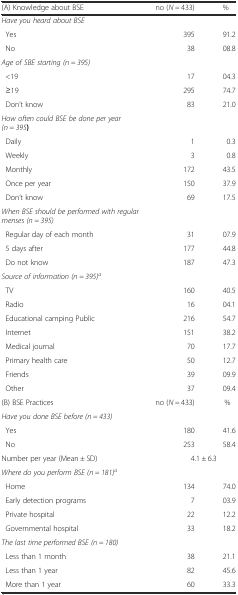
<table><thead><tr><td><b>(A) Knowledge about BSE</b></td><td><b>no (<i>N =</i> 433)</b></td><td><b>%</b></td></tr></thead><tbody><tr><td><i>Have you heard about BSE</i></td><td></td><td></td></tr><tr><td> Yes</td><td>395</td><td>91.2</td></tr><tr><td> No</td><td>38</td><td>08.8</td></tr><tr><td><i>Age of SBE starting (n = 395)</i></td><td></td><td></td></tr><tr><td> &lt;19</td><td>17</td><td>04.3</td></tr><tr><td> ≥19</td><td>295</td><td>74.7</td></tr><tr><td> Don’t know</td><td>83</td><td>21.0</td></tr><tr><td><i>How often could BSE be done per year (n = 395</i><b>)</b></td><td></td><td></td></tr><tr><td> Daily</td><td>1</td><td>0.3</td></tr><tr><td> Weekly</td><td>3</td><td>0.8</td></tr><tr><td> Monthly</td><td>172</td><td>43.5</td></tr><tr><td> Once per year</td><td>150</td><td>37.9</td></tr><tr><td> Don’t know</td><td>69</td><td>17.5</td></tr><tr><td><i>When BSE should be performed with regular menses (n = 395)</i></td><td></td><td></td></tr><tr><td> Regular day of each month</td><td>31</td><td>07.9</td></tr><tr><td> 5 days after</td><td>177</td><td>44.8</td></tr><tr><td> Do not know</td><td>187</td><td>47.3</td></tr><tr><td><i>Source of information (n = 395)</i><sup><i>a</i></sup></td><td></td><td></td></tr><tr><td> TV</td><td>160</td><td>40.5</td></tr><tr><td> Radio</td><td>16</td><td>04.1</td></tr><tr><td> Educational camping Public</td><td>216</td><td>54.7</td></tr><tr><td> Internet</td><td>151</td><td>38.2</td></tr><tr><td> Medical journal</td><td>70</td><td>17.7</td></tr><tr><td> Primary health care</td><td>50</td><td>12.7</td></tr><tr><td> Friends</td><td>39</td><td>09.9</td></tr><tr><td> Other</td><td>37</td><td>09.4</td></tr><tr><td>(B) BSE Practices</td><td>no (<i>N =</i> 433)</td><td>%</td></tr><tr><td><i>Have you done BSE before (n = 433)</i></td><td></td><td></td></tr><tr><td> Yes</td><td>180</td><td>41.6</td></tr><tr><td> No</td><td>253</td><td>58.4</td></tr><tr><td>Number per year (Mean ± SD)</td><td>4.1 ± 6.3</td><td></td></tr><tr><td><i>Where do you perform BSE (n = 181)</i><sup><i>a</i></sup></td><td></td><td></td></tr><tr><td> Home</td><td>134</td><td>74.0</td></tr><tr><td> Early detection programs</td><td>7</td><td>03.9</td></tr><tr><td> Private hospital</td><td>22</td><td>12.2</td></tr><tr><td> Governmental hospital</td><td>33</td><td>18.2</td></tr><tr><td><i>The last time performed BSE (n = 180)</i></td><td></td><td></td></tr><tr><td> Less than 1 month</td><td>38</td><td>21.1</td></tr><tr><td> Less than 1 year</td><td>82</td><td>45.6</td></tr><tr><td> More than 1 year</td><td>60</td><td>33.3</td></tr></tbody></table>